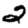
Digit: 2